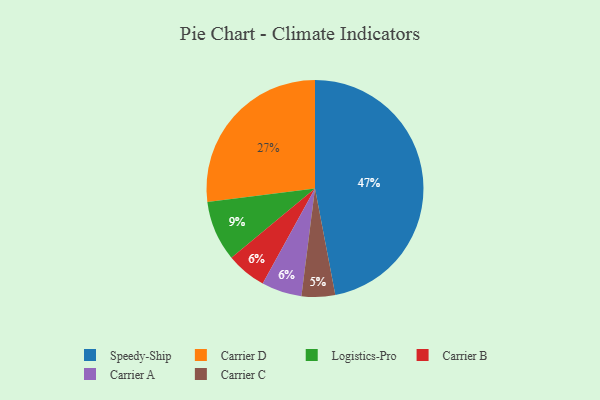
{"axis": {"x": "Category", "y": "Percentage"}, "legend": ["Carrier A", "Carrier B", "Carrier C", "Carrier D", "Logistics-Pro", "Speedy-Ship"], "data": [{"x": "Carrier B", "y": 6, "type": "Carrier B"}, {"x": "Carrier C", "y": 5, "type": "Carrier C"}, {"x": "Carrier A", "y": 6, "type": "Carrier A"}, {"x": "Carrier D", "y": 27, "type": "Carrier D"}, {"x": "Logistics-Pro", "y": 9, "type": "Logistics-Pro"}, {"x": "Speedy-Ship", "y": 47, "type": "Speedy-Ship"}]}